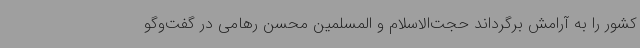
کشور را به آرامش برگرداند حجت‌الاسلام و المسلمین محسن رهامی در گفت‌وگو